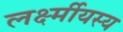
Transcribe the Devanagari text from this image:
लर्क्ष्मीयस्य